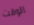
الوقت